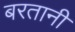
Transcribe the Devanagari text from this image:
बरतानी